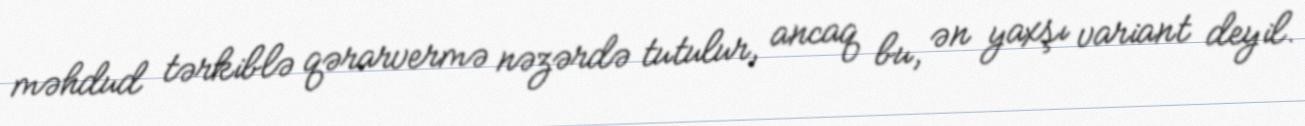
məhdud tərkiblə qərarvermə nəzərdə tutulur, ancaq bu, ən yaxşı variant deyil.